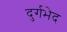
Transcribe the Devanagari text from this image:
दुर्गभेद